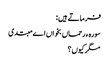
فرماتے ہیں :
سورہ ء رحماں بخواں اے مبتدی
مگر کیوں ؟